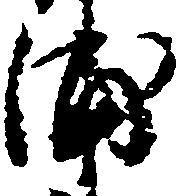
浦